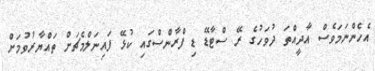
އެހެންނަމަވެސް އާދީއްތަ ދުވަހުގެ ރޭ ސްޓާޑޭ ޑި ފްރާންސްގައި ކުޅޭ ފައިނަލްމެޗަށް ތައްޔާރުވުމަށް